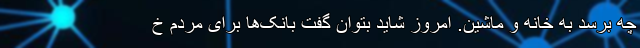
چه برسد به خانه و ماشین. امروز شاید بتوان گفت بانک‌ها برای مردم خ